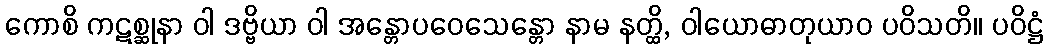
ကောစိ ကဋစ္ဆုနာ ဝါ ဒဗ္ဗိယာ ဝါ အန္တောပဝေသေန္တော နာမ နတ္ထိ, ဝါယောဓာတုယာဝ ပဝိသတိ။ ပဝိဋ္ဌံ